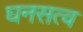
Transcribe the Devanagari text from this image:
घनसत्व